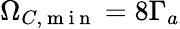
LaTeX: \Omega_{C,\mathrm{~m~i~n~}}=8\Gamma_{a}